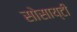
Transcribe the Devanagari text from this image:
सोसाय्टी